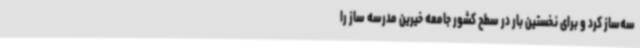
سه‌ساز کرد و برای نخستین بار در سطح کشور جامعه خیرین مدرسه ساز را